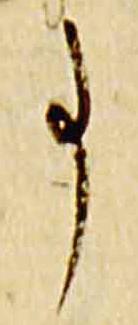
事